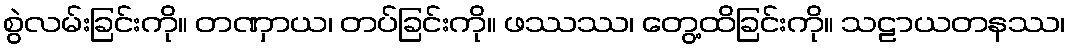
စွဲလမ်းခြင်းကို။ တဏှာယ၊ တပ်ခြင်းကို။ ဖဿဿ၊ တွေ့ထိခြင်းကို။ သဠာယတနဿ၊